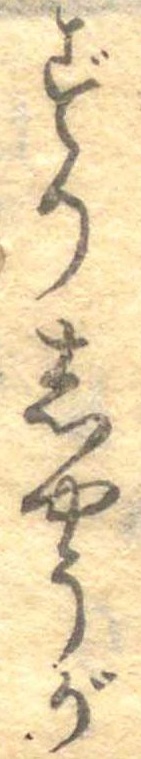
ずりしやうが